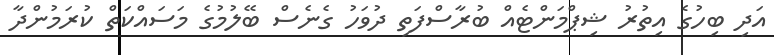
އަދި ބިހުގެ އިތުރު ޝިޕްމަންޓެއް ބުރާސްފަތި ދުވަހު ގެނެސް ބޭލުމުގެ މަސައްކަތް ކުރަމުންދާ